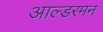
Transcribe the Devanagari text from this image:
आल्डरमन